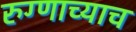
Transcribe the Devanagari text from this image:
रुग्णाच्याच